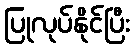
ပြုလုပ်နိုင်ပြီး